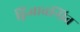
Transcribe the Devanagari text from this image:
द्विआबन्धित